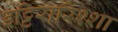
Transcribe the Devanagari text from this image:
इट्टिरारिश्शा